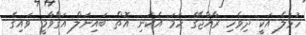
ހުޅުލެ އަކީ ދިވެހި ރާއްޖޭގެ ހަމަ އެކަނި އޮތް ބައިނަލް އަގްވާމީ ވައިގެ